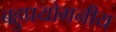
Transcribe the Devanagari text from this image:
बहुप्रयोगनीय